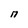
Character: n